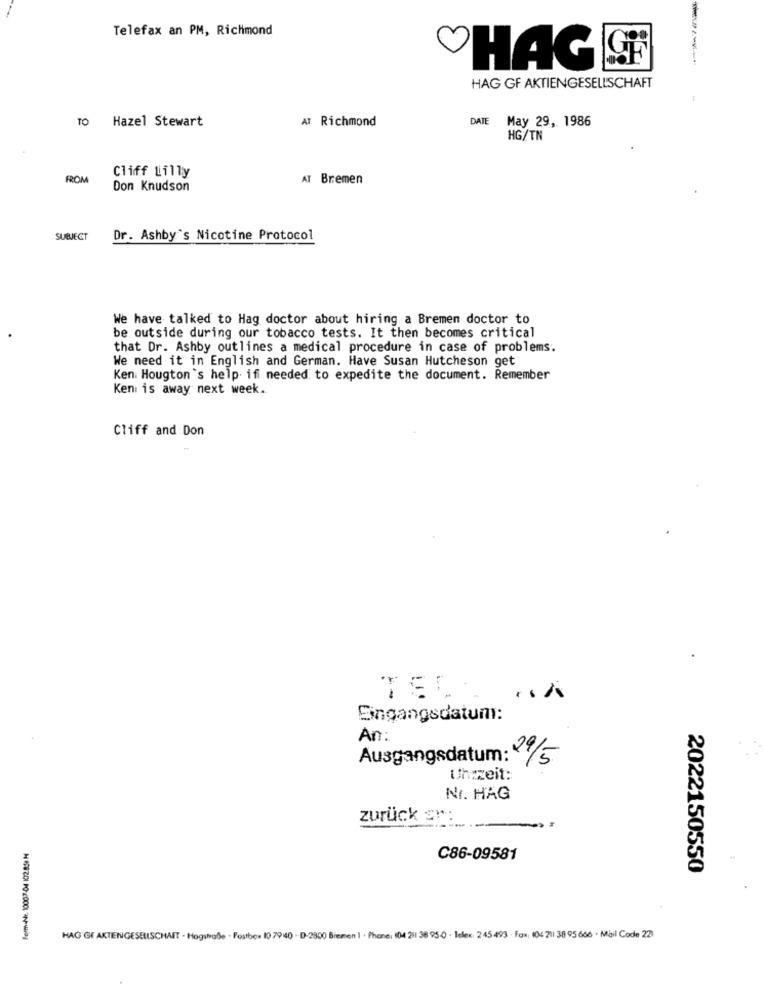
Telefax an PM, Richmond
CHAG
HAG GF AKTIENGESELLSCHAFT
TO Hazel Stewart
AT Richmond
DATE May 29, 1986
HG/TN
ROM
Cliff Lilly
AT Bremen
Don Knudson
SUBJECT
Dr. Ashby's Nicotine Protocol
We have talked to Hag doctor about hiring a Bremen doctor to
be outside during our tobacco tests. It then becomes critical
that Dr. Ashby outlines a medical procedure in case of problems.
We need it in English and German. Have Susan Hutcheson get
Ken. Hougton's help if needed to expedite the document. Remember
Keni is away next week.
Cliff and Don
Eingangsdatum:
An:
Ausgangsdatum: 29/5
Uhrzeit:
Nr. HAG
zurück s":
Ferm-Nr. 10007-04 102.859 H
C86-09581
2022150550
HAG GF AKTIENGESELLSCHAFT - Hogshabe . Postbe- 10 7940 -D-2800 Bremen 1 . Phone: 104 211 38 95-0 - Telex: 2 45 493 - Fax: 104 201 38 95 666 . Mail Code 221